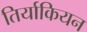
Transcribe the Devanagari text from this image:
तिर्याकियन